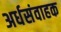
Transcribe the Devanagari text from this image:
अर्धसंवाहक